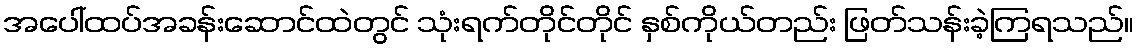
အပေါ်ထပ်အခန်းဆောင်ထဲတွင် သုံးရက်တိုင်တိုင် နှစ်ကိုယ်တည်း ဖြတ်သန်းခဲ့ကြရသည်။